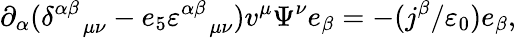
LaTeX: \partial_{\alpha}(\delta_{\quad\mu\nu}^{\alpha\beta}-e_{5}\varepsilon_{\quad\mu\nu}^{\alpha\beta})v^{\mu}\Psi^{\nu}e_{\beta}=-(j^{\beta}/\varepsilon_{0})e_{\beta},